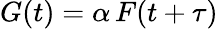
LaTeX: G(t)=\alpha\, F(t+\tau)